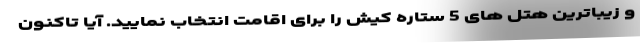
و زیباترین هتل های 5 ستاره کیش را برای اقامت انتخاب نمایید. آیا تاکنون